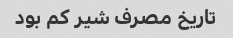
تاریخ مصرف شیر کم بود